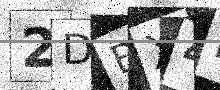
Text: 2DBX4I